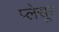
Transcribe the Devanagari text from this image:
प्लेसूर